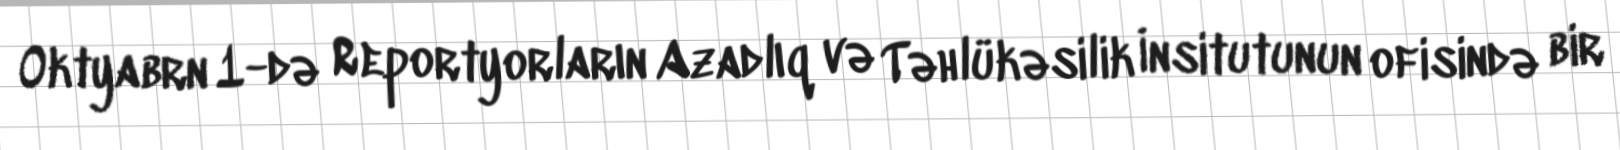
Oktyabrn 1-də Reportyorların Azadlıq və Təhlükəsilik İnsitutunun ofisində bir